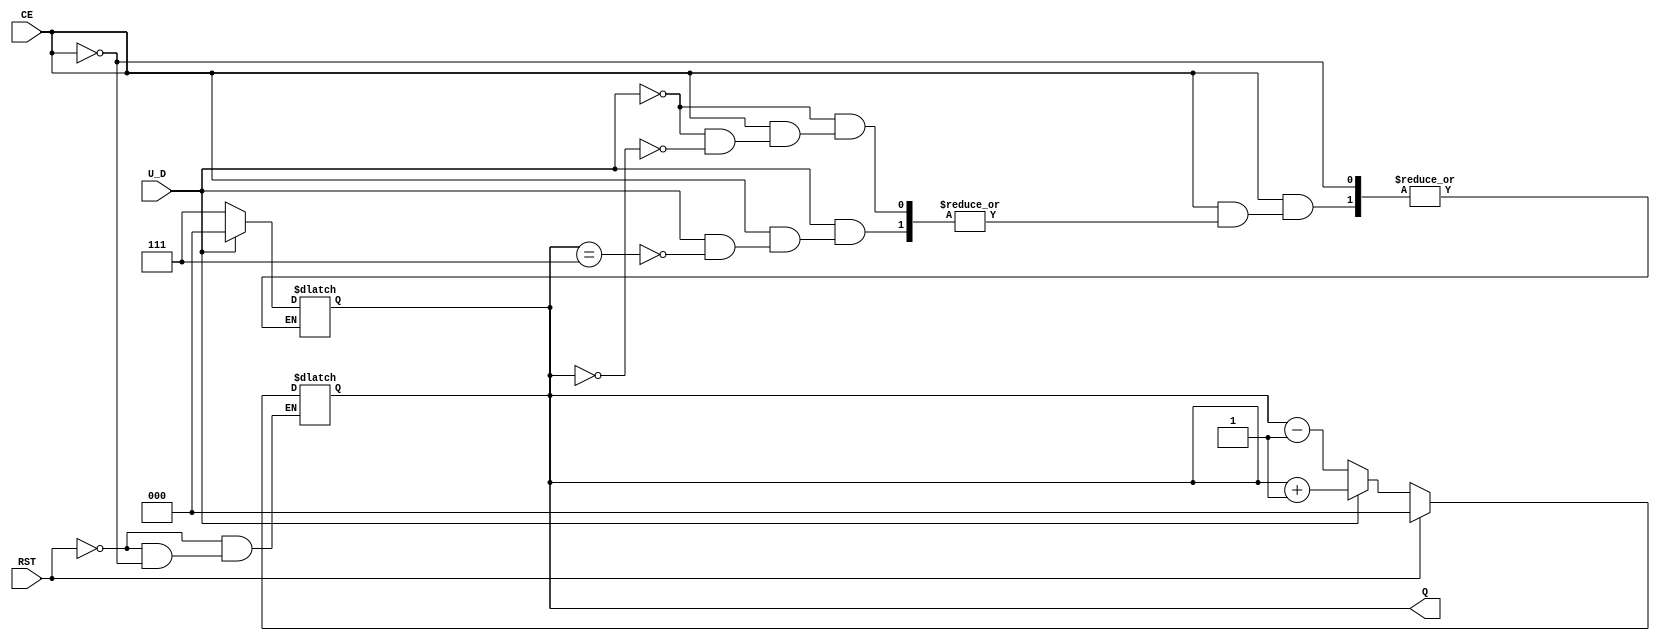
module UpDownAsyncCounter (
    input wire U_D,         // Up/Down control signal
    input wire CE,          // Count Enable
    input wire RST,         // Asynchronous Reset
    output reg [2:0] Q      // Counter output (3 bits for counts 0-7)
);
  
    // Always block to handle asynchronous reset and counting behavior
    always @(*) begin
        if (RST) begin
            Q = 3'b000;     // Reset the counter to 0
        end else if (CE) begin
            if (U_D) begin
                Q = Q + 1;   // Count Up
            end else begin
                Q = Q - 1;   // Count Down
            end
        end else begin
            Q = Q;           // Hold current value if CE is low
        end
    end

    // Handle overflow and underflow
    always @(U_D or CE) begin
        if (CE) begin
            if (U_D) begin
                if (Q == 3'b111) begin
                    Q = 3'b000; // wrap around on overflow
                end
            end else begin
                if (Q == 3'b000) begin
                    Q = 3'b111; // wrap around on underflow
                end
            end
        end
    end
endmodule